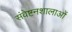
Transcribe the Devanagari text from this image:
संवेष्टनशालाओं